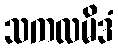
သကလမိဒံ